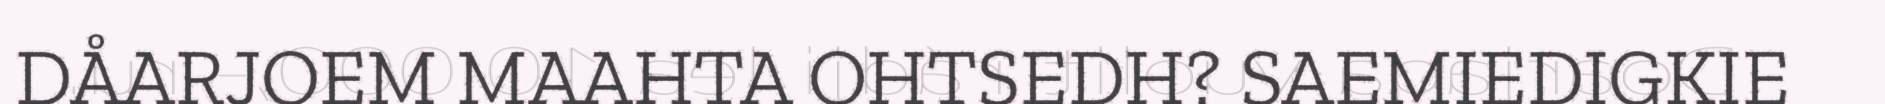
DÅARJOEM MAAHTA OHTSEDH? SAEMIEDIGKIE